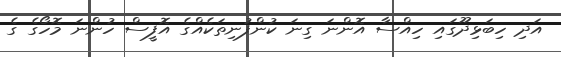
އަދި ހިބަޅިދޫގައި ހިއްސާ އޮންނަ ގިނަ ކުންފުނިތަކެއްގެ އޮފީސް ހުންނަ މޮހޯގެ ގެ